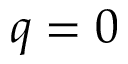
q = 0